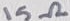
Text: 15Ω